Lunatic asylums in Bengal annual reports 1912-1924 - 1912-1924
Year: 1912
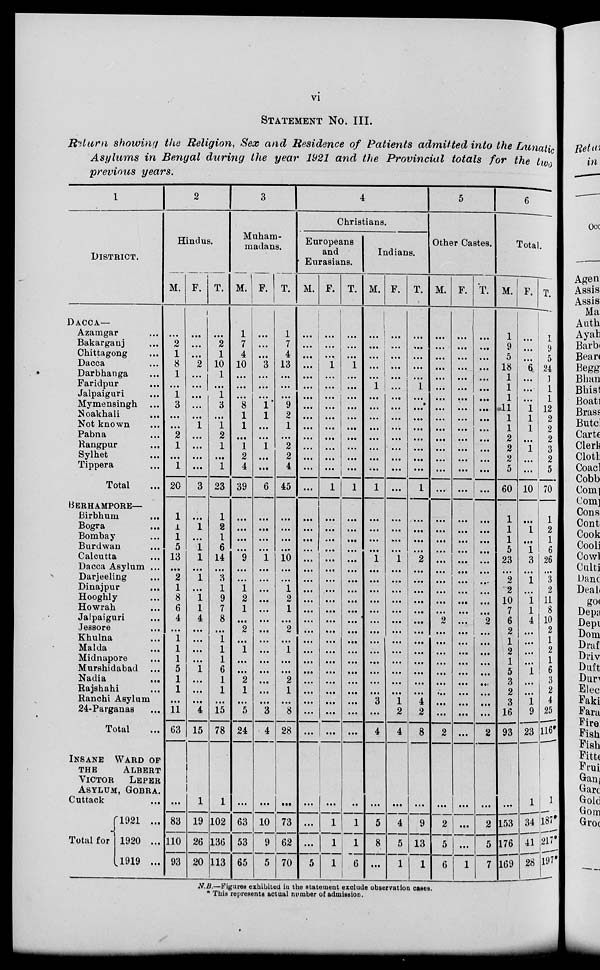
vi
STATEMENT No. III.
Return showing the Religion, Sex and Residence of Patients admitted into the Lunatic
Asylums in Bengal during the year 1921 and the Provincial totals for the two
previous years.
1
DISTRICT.
DACCA—
Azamgar ...
Bakarganj ...
Chittagong
Dacca ...
Darbhanga ...
Faridpur ...
Jalpaiguri ...
Mymensingh ...
Noakhali ...
Not known ...
Pabna ...
Rangpur ...
Sylhet ...
Tippera ...
Total ...
BERHAMPORE—
Birbhurm
...
Bogra ...
Bombay ...
Burdwan ...
Calcutta ...
Dacca Asylum ...
Darjeeling ...
Dinajpur ...
Hooghly ...
Howrah ...
Jalpaiguri ...
Jessore ...
Khulna ...
Malda ...
Midnapore ...
Murshidabad ...
Nadia ...
Rajshahi ...
Ranchi Asylum ...
24-Parganas ...
Total ...
INSANE WARD OF
THE
ALBERT
VICTOR LEPER
ASYLUM, GOBRA.
Cuttack
...
Total for
1921 ...
1920 ...
1919 ...
2
Hindus.
M.
...
2
1
8
1
...
1
3
...
...
2
1
...
1
20
1
1
1
5
13
...
2
1
8
6
4
...
1
1
1
5
1
1
...
11
63
...
83
110
93
F.
...
...
...
2
...
...
...
...
...
1
...
...
...
...
3
...
1
...
1
1
...
1
...
1
1
4
...
...
...
...
1
...
...
...
4
15
1
19
26
20
T.
...
2
1
10
1
...
1
3
...
1
2
1
...
1
23
1
2
1
6
14
...
3
1
9
7
8
...
1
1
1
6
1
1
...
15
78
1
102
136
113
3
Muham-
madans.
M.
1
7
4
10
...
...
...
8
1
1
...
1
2
4
39
...
...
...
...
9
...
...
1
2
1
...
2
...
1
...
...
2
1
...
5
24
...
63
53
65
F.
...
...
...
3
...
...
...
1
1
...
...
1
...
...
6
...
...
...
...
1
...
...
...
...
...
...
...
...
...
...
...
...
...
...
3
4
...
10
9
5
T.
1
7
4
13
...
...
...
9
2
1
...
2
2
4
45
...
...
...
...
10
...
...
1
2
1
...
2
...
1
...
...
2
1
...
8
28
...
73
62
70
4
Christians.
Europeans
and
Eurasians.
M.
...
...
...
...
...
...
...
...
...
...
...
...
...
...
...
...
...
...
...
...
...
...
...
...
...
...
...
...
...
...
...
...
...
...
...
...
...
...
...
5
F.
...
...
...
1
...
...
...
...
...
...
...
...
...
...
1
...
...
...
...
...
...
...
...
...
...
...
...
...
...
...
...
...
...
...
...
...
...
1
1
1
T.
...
...
...
1
...
...
...
...
...
...
...
...
...
...
1
...
...
...
...
...
...
...
...
...
...
...
...
...
...
...
...
...
...
...
...
...
...
1
1
6
Indians.
M.
...
...
...
...
...
1
...
...
...
...
...
...
...
...
1
...
...
...
...
1
...
...
...
...
...
...
...
...
...
...
...
...
...
3
...
4
...
5
8
...
F.
...
...
...
...
...
...
...
...
...
...
...
...
...
...
...
...
...
...
...
1
...
...
...
...
...
...
...
...
...
...
...
...
...
1
2
4
...
4
5
1
T.
...
...
...
...
...
1
...
...
...
...
...
...
...
...
1
....
...
...
...
2
...
...
...
...
...
...
...
...
...
...
...
...
...
4
2
8
...
9
13
1
5
Other Castes.
M.
...
...
...
...
...
...
...
...
...
...
...
...
...
...
...
...
...
...
...
...
...
...
...
...
...
2
...
...
...
...
...
...
...
...
...
2
...
2
5
6
F.
...
...
...
...
...
...
...
...
...
...
...
...
...
...
...
...
...
...
...
...
...
...
...
...
...
...
...
...
...
...
...
...
...
...
...
...
...
...
...
1
T.
...
...
...
...
...
...
...
...
...
...
...
...
...
...
...
...
...
...
...
...
...
...
...
...
...
2
...
...
...
...
...
...
...
...
...
2
...
2
5
7
6
Total.
M.
1
9
5
18
1
1
1
11
1
1
2
2
2
5
60
1
1
1
5
23
...
2
2
10
7
6
2
1
2
1
5
3
2
3
16
93
...
153
176
169
F.
...
...
...
6
...
...
...
1
1
1
...
1
...
...
10
...
1
...
1
3
...
1
...
1
1
4
...
...
...
...
1
...
...
1
9
23
1
34
41
28
T.
1
9
5
24
1
1
1
12
2
2
2
3
2
5
70
1
2
1
6
26
...
3
2
11
8
10
2
1
2
1
6
3
2
4
25
116*
1
187*
217*
197*
N.B.—Figures exhibited in the statement exclude observation cases.
* This represents actual number of admission.